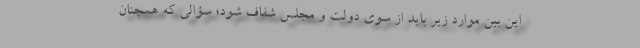
این بین موارد زیر باید از سوی دولت و مجلس شفاف شود؛ سؤالی که همچنان